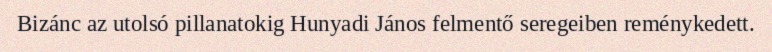
Bizánc az utolsó pillanatokig Hunyadi János felmentő seregeiben reménykedett.